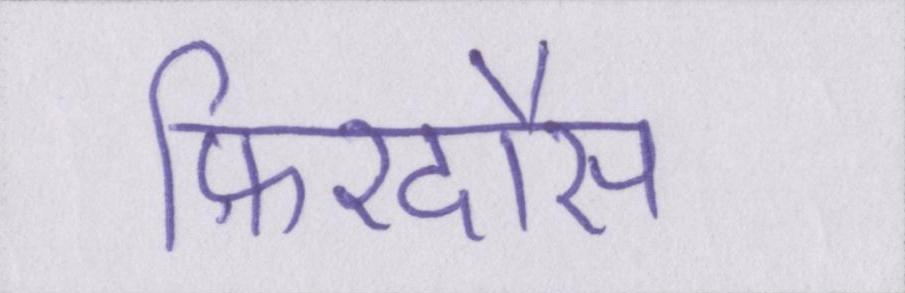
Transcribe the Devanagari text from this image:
फ़िरदौस